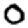
Digit: 0